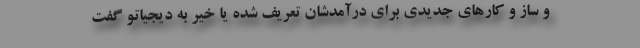
و ساز و کارهای جدیدی برای درآمدشان تعریف شده یا خیر به دیجیاتو گفت